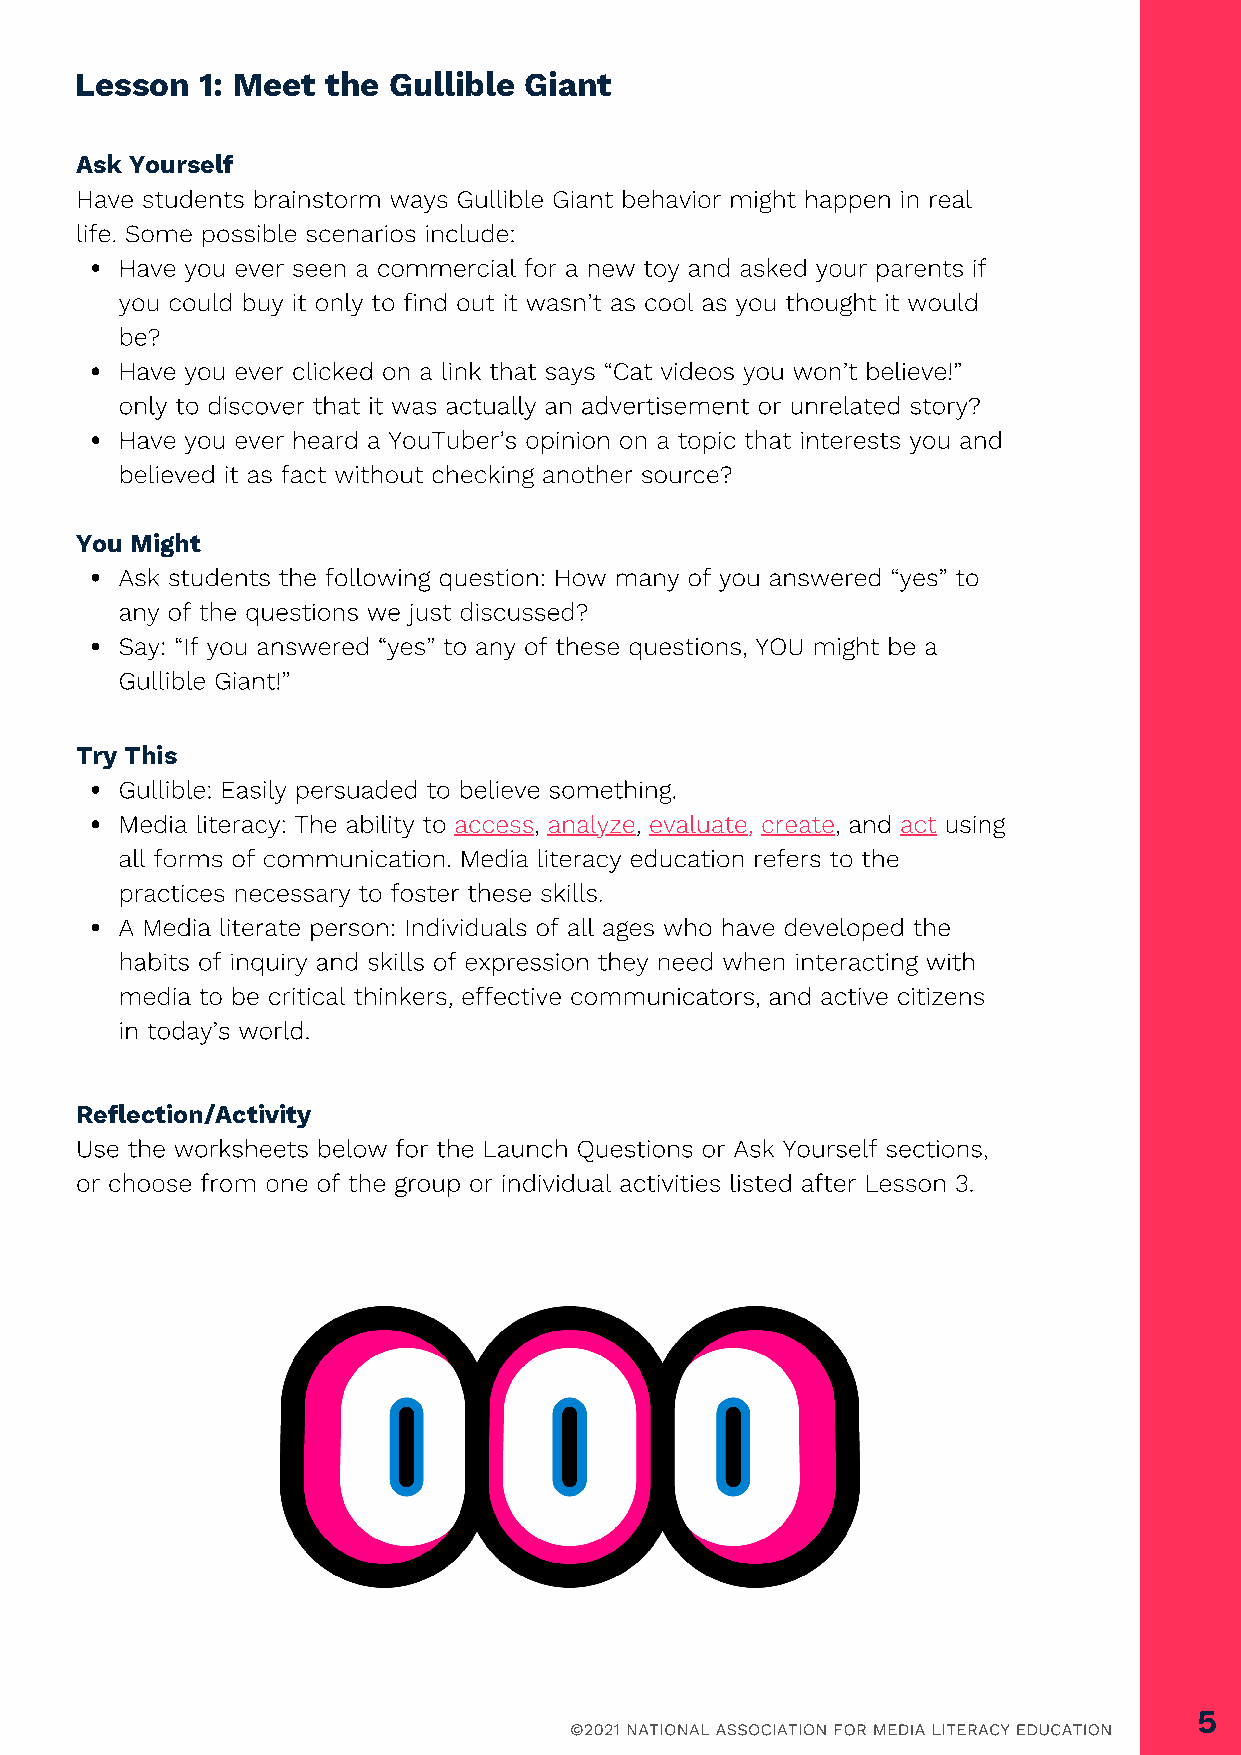
Lesson  1: Meet  the Gullible Giant
 Ask Yourself
 Have students brainstorm ways Gullible Giant behavior might happen in real
 life. Some possible scenarios include:
 Have you ever seen a commercial for a new toy and asked your parents if
 you could buy it only to find out it wasn’t as cool as you thought it would
 be?
 Have you ever clicked on a link that says “Cat videos you won’t believe!”
 only to discover that it was actually an advertisement or unrelated story?
 Have you ever heard a YouTuber’s opinion on a topic that interests you and
 believed it as fact without checking another source?
 You Might
 Ask students the following question: How many of you answered “yes” to
 any of the questions we just discussed?
 Say: “If you answered “yes” to any of these questions, YOU might be a
 Gullible Giant!”
 Try This
 Gullible: Easily persuaded to believe something.
 Media literacy: The ability to access, analyze, evaluate, create, and act using
 all forms of communication. Media literacy education refers to the
 practices necessary to foster these skills.
 A Media literate person: Individuals of all ages who have developed the
 habits of inquiry and skills of expression they need when interacting with
 media to be critical thinkers, effective communicators, and active citizens
 in today’s world.
 Reflection/Activity
 Use the worksheets below for the Launch Questions or Ask Yourself sections,
 or choose from one of the group or individual activities listed after Lesson 3.
 5
 ©2021 NATIONAL ASSOCIATION FOR MEDIA LITERACY EDUCATION